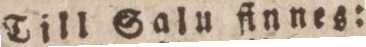
Till Salu finnes: